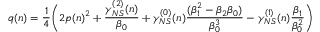
q ( n ) = \frac { 1 } { 4 } \bigg ( 2 p ( n ) ^ { 2 } + \frac { \gamma _ { N S } ^ { ( 2 ) } ( n ) } { \beta _ { 0 } } + \gamma _ { N S } ^ { ( 0 ) } ( n ) \frac { ( \beta _ { 1 } ^ { 2 } - \beta _ { 2 } \beta _ { 0 } ) } { \beta _ { 0 } ^ { 3 } } - \gamma _ { N S } ^ { ( 1 ) } ( n ) \frac { \beta _ { 1 } } { \beta _ { 0 } ^ { 2 } } \bigg )